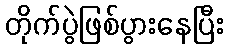
တိုက်ပွဲဖြစ်ပွားနေပြီး